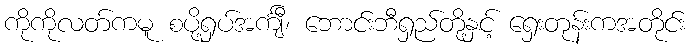
ကိုကိုလတ်ကမူ စပို့ရှပ်အင်္ကျီ၊ ဘောင်းဘီရှည်တို့နှင့် ရှေးတုန်းကအတိုင်း